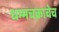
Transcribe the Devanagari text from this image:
धम्मचक्राचेच